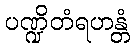
ပဏ္ဍိတံရဟန္တံ